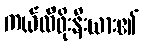
ကယ်လီဖိုးနီးယား၏